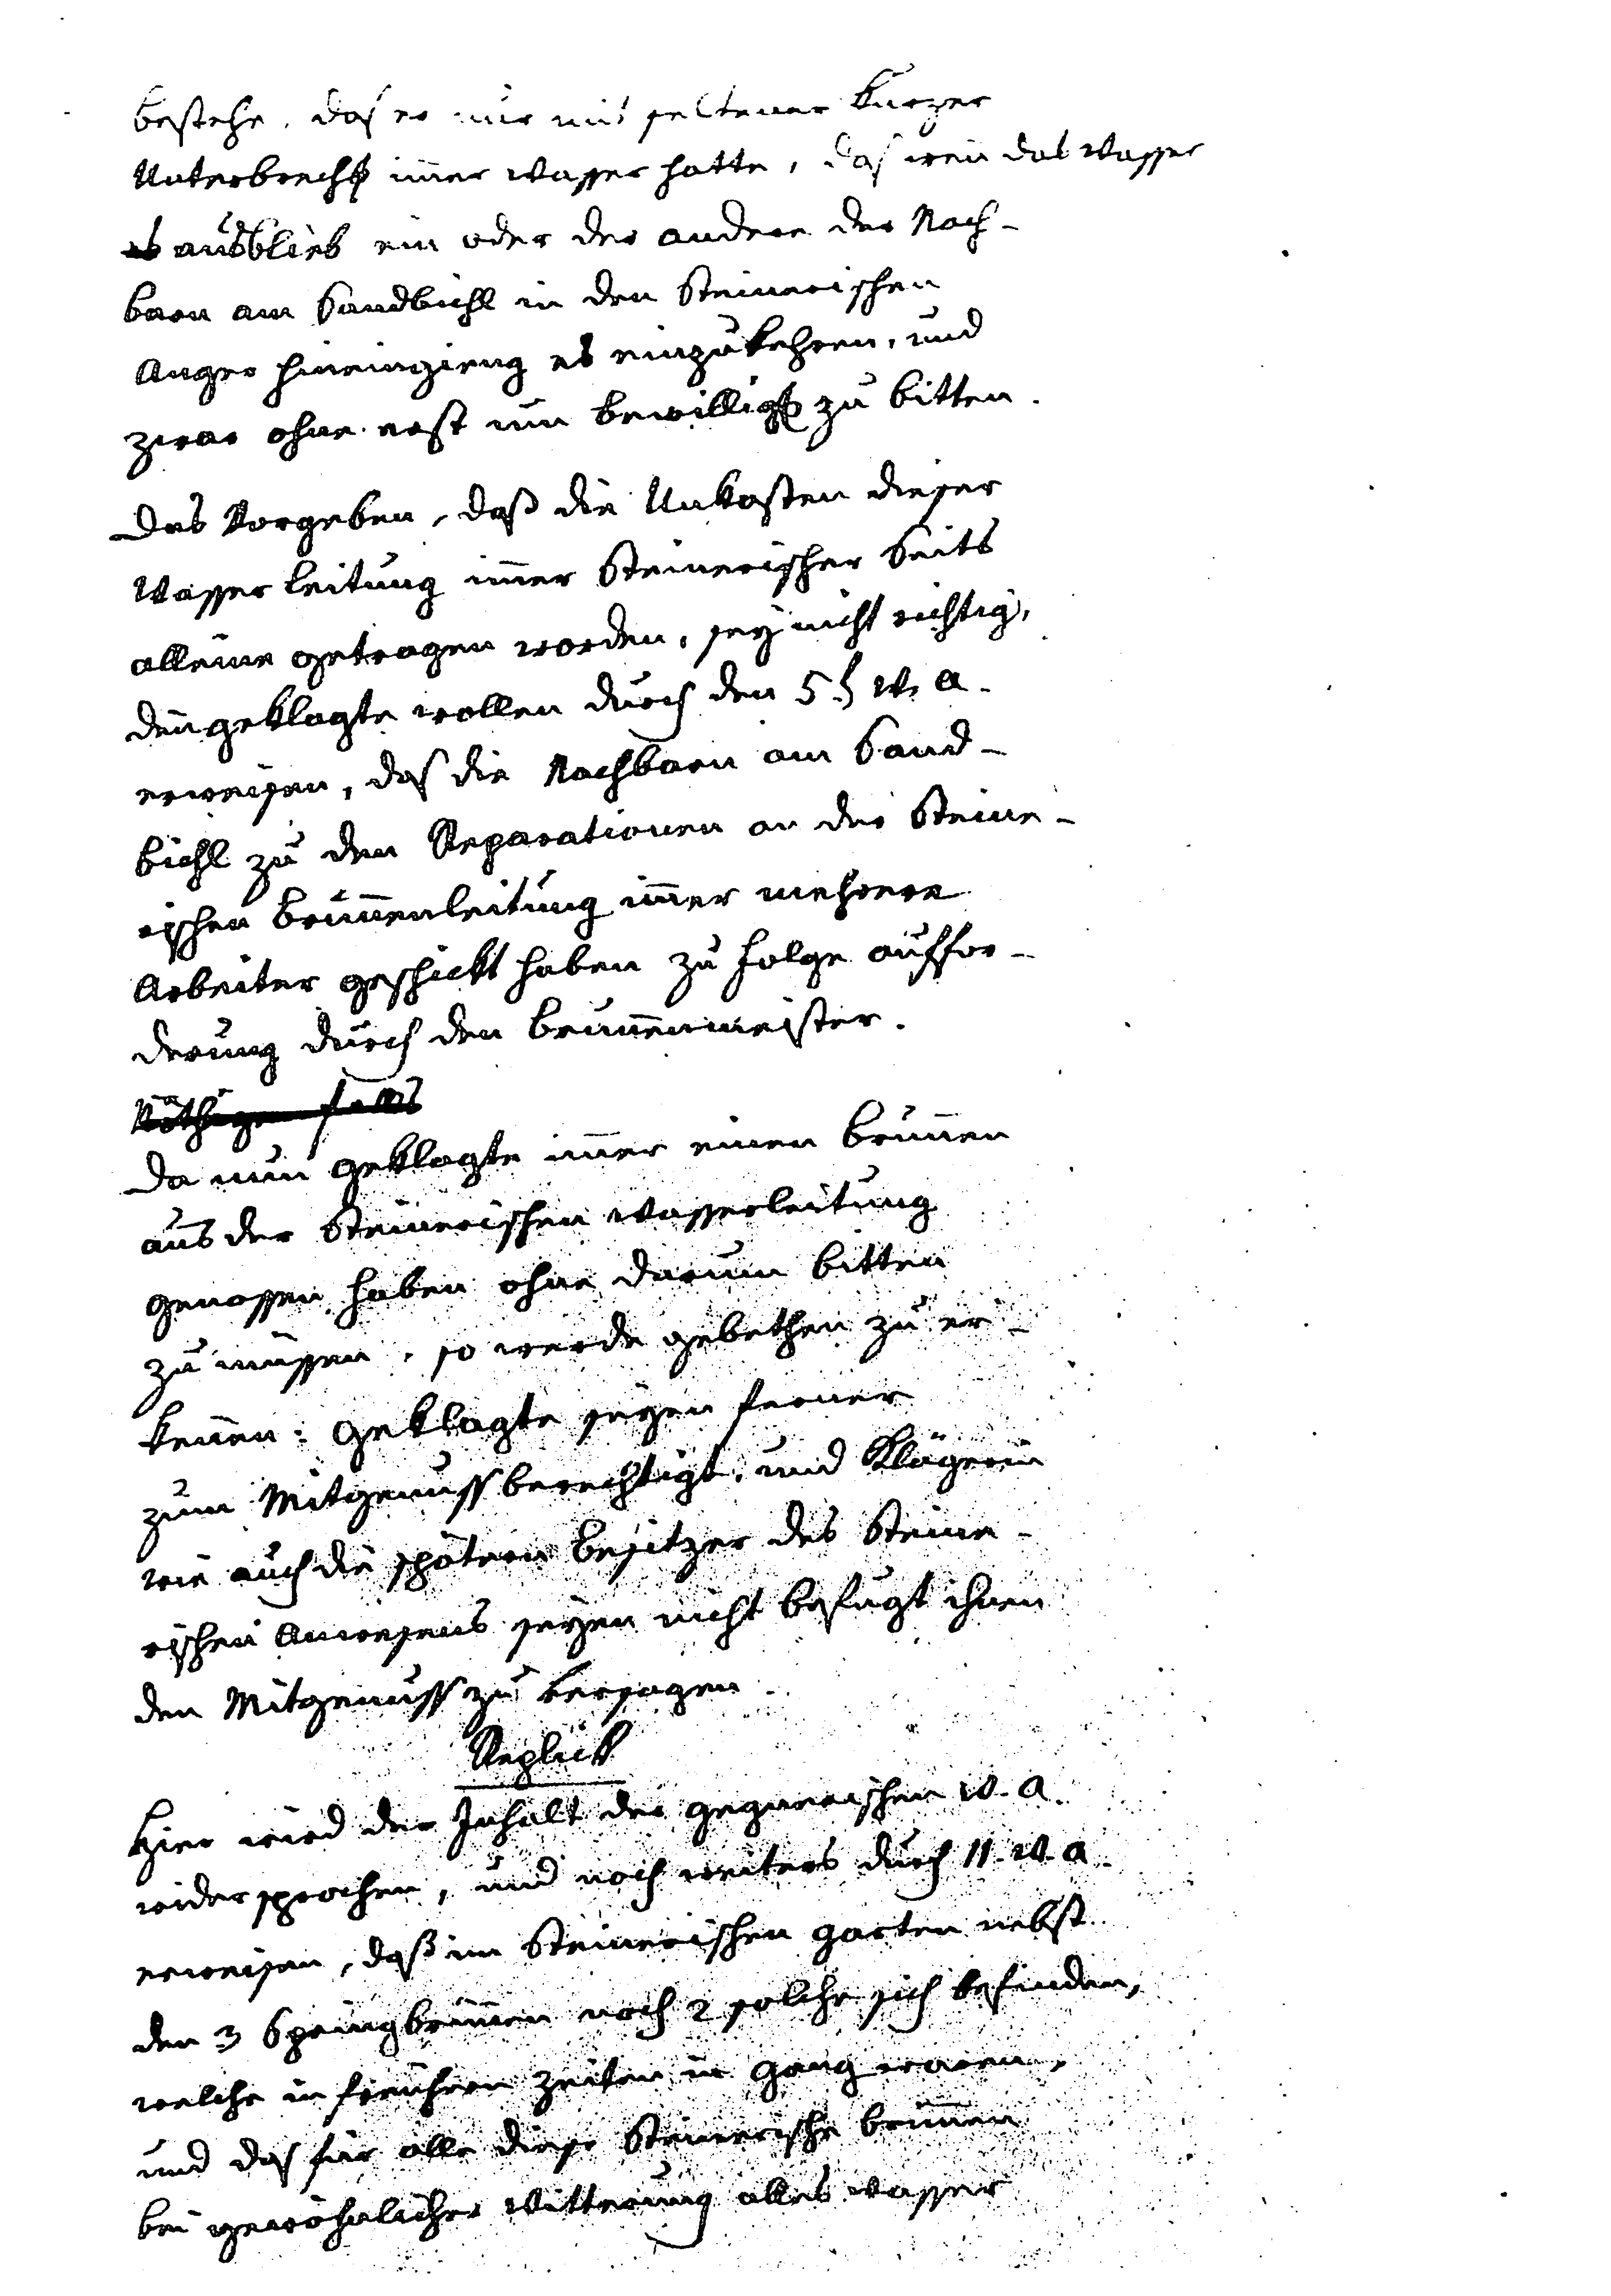
bestehe. Daß er nir mit sel tener Kurzer
Unterbrechs immer Wasser hätte, da, wenn das Wasser
es ausblicb ein oder der andere der Nach¬
Barn am Sandbichl in den Steinarischen
Anger hineingieng es einzukehren, und
zwar ohne erst um Bewilligs zu bitten.
das Vorgeben, daß die Ankosten dieser
Wasser Leitung imer Steinerischer Seits
alleine Getragen worden, sey nicht richtig,
den Geklagte wollen durch den 5 t W. a¬
erweisen, daß die Nachbarn am Sand¬
bichl zu den Reparationen an der Steine¬
isschen Brunnenleitung immer mehrere
Arbeiter geschickt haben zu Folge auffor¬
derung durch den Brunnenmeister
Kothigen fel
da imn Geklagte immer einen Brunnen
aus der Steinerischen Wasserleitung
genassen haben ohne darum bitten
zu müssen, so werde gebethen zu er¬
keuen: Geklagte seyen kerner
zum Mitgenussberechtigt, und Klägern
wie auch die shaterin Besitzer des Steine¬
rischen Anwesens seyen nicht befugt ihnen
den Mitgenuss zu versagen.
Aglict
Hier wird der Inhalt der gegnerischen w. a.
widersprochen, und noch weiters durch 1. w1 a.
erweisen, daß im Steinerischen Garten netst
den 3 Speingbrunnen nrch 2 solche sich besenden,
welche in freuhern Zeiten un Geng waien
und daß fan alle diese Steinerische brunnen
bei gewöhnlicher Witterung alles Wasser